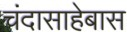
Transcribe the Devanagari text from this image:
चंदासाहेबास